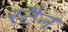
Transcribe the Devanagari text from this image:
रटैन